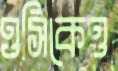
ওসিকেও